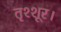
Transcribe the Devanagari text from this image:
तृश्शूर।